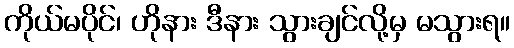
ကိုယ်မပိုင်၊ ဟိုနား ဒီနား သွားချင်လို့မှ မသွားရ။